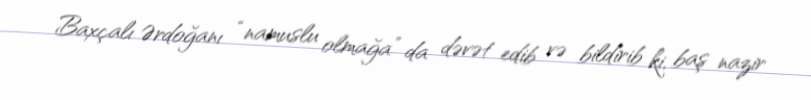
Baxçalı Ərdoğanı “namuslu olmağa” da dəvət edib və bildirib ki, baş nazir